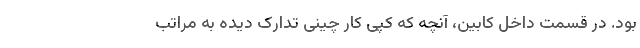
بود. در قسمت داخل کابین، آنچه که کپی کار چینی تدارک دیده به مراتب